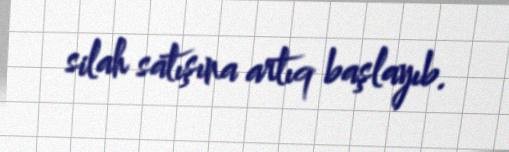
silah satışına artıq başlayıb.